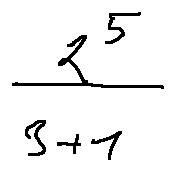
\frac { 2 ^ { 5 } } { 3 + 1 }